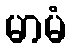
မာမံ